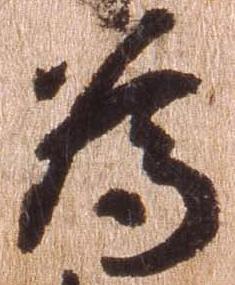
為